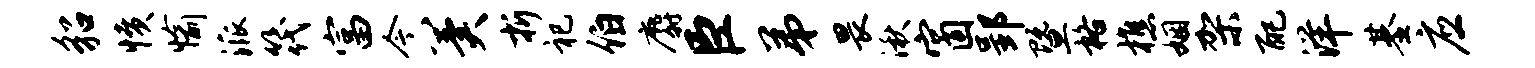
貂愤愉派筏富今冀折祀伯麝臣弟畏湫窗郢暨格樵姻架配洋基应